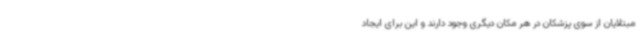
مبتلایان از سوی پزشکان در هر مکان دیگری وجود دارند و این برای ایجاد